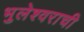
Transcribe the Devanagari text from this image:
भुलेश्वराची